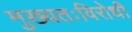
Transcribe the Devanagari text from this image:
मुख्यतःविरोधी